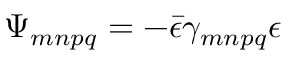
\Psi _ { m n p q } = - \bar { \epsilon } \gamma _ { m n p q } \epsilon